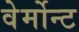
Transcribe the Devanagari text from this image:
वेर्मोन्ट